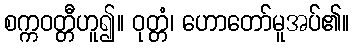
စက္ကဝတ္တီဟူ၍။ ဝုတ္တံ၊ ဟောတော်မူအပ်၏။